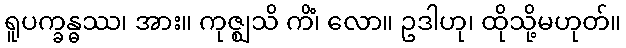
ရူပက္ခန္ဓဿ၊ အား။ ကုဇ္ဈသိ ကိံ၊ လော။ ဥဒါဟု၊ ထိုသို့မဟုတ်။